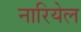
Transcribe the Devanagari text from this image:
नारियेल